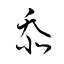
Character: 忝